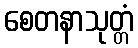
စေတနာသုတ္တံ